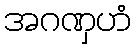
အဂဏှဟံ